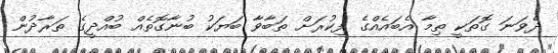
ދެވަނަ ގޮތަކީ ތިމާ އެބައެއްގެ ފިކުރަށް ތަބާވާ ބަޔަކު ބުނާގޮތެއް ބުއްދީގެ ތަރާދުން